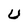
Character: U